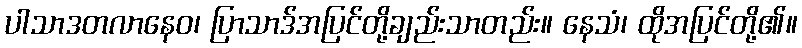
ပါသာဒတလာနေဝ၊ ပြာသာဒ်အပြင်တို့ချည်းသာတည်း။ နေသံ၊ ထိုအပြင်တို့၏။